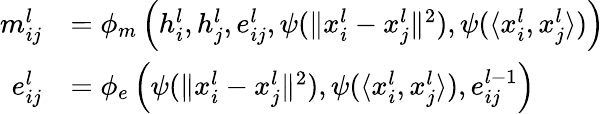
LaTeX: \begin{array}{rl}{m_{ij}^{l}}&{=\phi_{m}\left(h_{i}^{l},h_{j}^{l},e_{ij}^{l},\psi(\Vert{x_{i}^{l}-x_{j}^{l}}\Vert^{2}),\psi(\langle x_{i}^{l},x_{j}^{l}\rangle)\right)}\\ {e_{ij}^{l}}&{=\phi_{e}\left(\psi(\Vert{x_{i}^{l}-x_{j}^{l}}\Vert^{2}),\psi(\langle x_{i}^{l},x_{j}^{l}\rangle),e_{ij}^{l-1}\right)}\end{array}